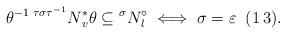
LaTeX: \begin{align*} \theta^{-1} \prescript{\tau \sigma \tau^{-1}}{}N_v^\ast \theta \subseteq \prescript{\sigma}{}N_l^\circ \iff \sigma=\varepsilon \;\; (1\,3).\end{align*}